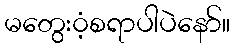
မတွေး၀ံ့စရာပါပဲနော်။